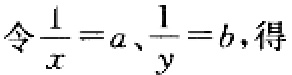
令$\frac{1}{x}=a、\frac{1}{y}=b$，得